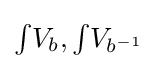
\textstyle {\int }V_{b},\textstyle {\int }V_{b^{-1}}